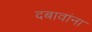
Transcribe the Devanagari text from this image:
दबावांना